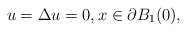
\begin{align*}u = \Delta u = 0, x \in \partial B_1(0),\end{align*}